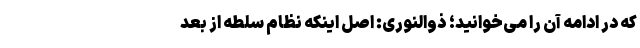
که در ادامه آن را می‌خوانید؛ ذوالنوری: اصل اینکه نظام سلطه از بعد